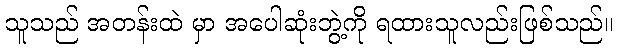
သူသည် အတန်းထဲ မှာ အပေါဆုံးဘွဲ့ကို ရထားသူလည်းဖြစ်သည်။